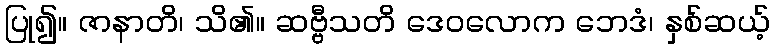
ပြု၍။ ဇာနာတိ၊ သိ၏။ ဆဗ္ဗီသတိ ဒေဝလောက ဘေဒံ၊ နှစ်ဆယ့်